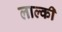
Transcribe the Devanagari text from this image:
लाल्की